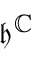
{ \mathfrak { h } } ^ { \mathbb { C } }